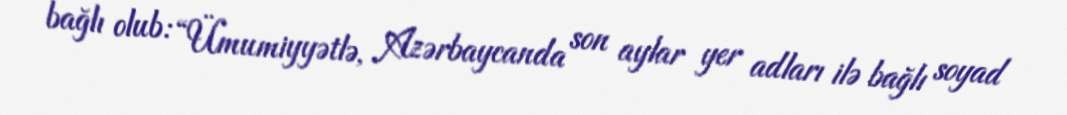
bağlı olub: “Ümumiyyətlə, Azərbaycanda son aylar yer adları ilə bağlı soyad